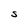
Character: s